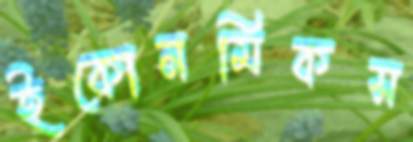
ইকোনমিকস